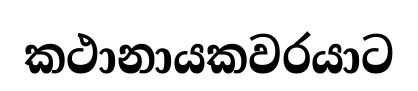
කථානායකවරයාට